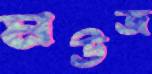
মউজ